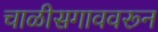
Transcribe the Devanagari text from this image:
चाळीसगाववरून